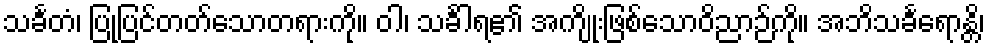
သင်္ခတံ၊ ပြုပြင်တတ်သောတရားကို။ ဝါ၊ သင်္ခါရ၏ အကျိုးဖြစ်သောဝိညာဉ်ကို။ အဘိသင်္ခရောန္တိ၊